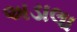
અડાલા